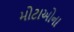
મોટાઓના